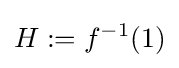
H:=f^{-1}(1)